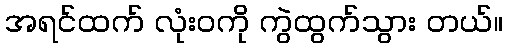
အရင်ထက် လုံးဝကို ကွဲထွက်သွား တယ်။